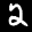
Digit: 2